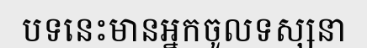
បទនេះមានអ្នកចូលទស្សនា